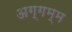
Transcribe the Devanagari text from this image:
अग्गम्म